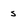
Character: s